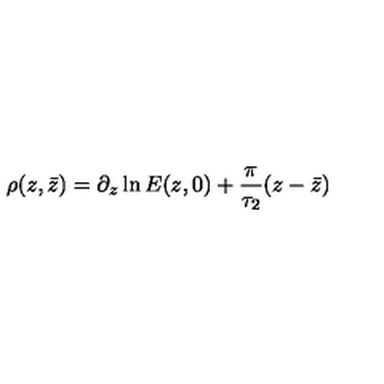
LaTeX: \rho ( z , \bar { z } ) = \partial _ { z } \ln { E ( z , 0 ) } + \frac { \pi } { \tau _ { 2 } } ( z - \bar { z } )